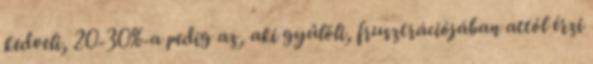
kedveli, 20-30%-a pedig az, aki gyűlöli, frusztrációjában attól érzi